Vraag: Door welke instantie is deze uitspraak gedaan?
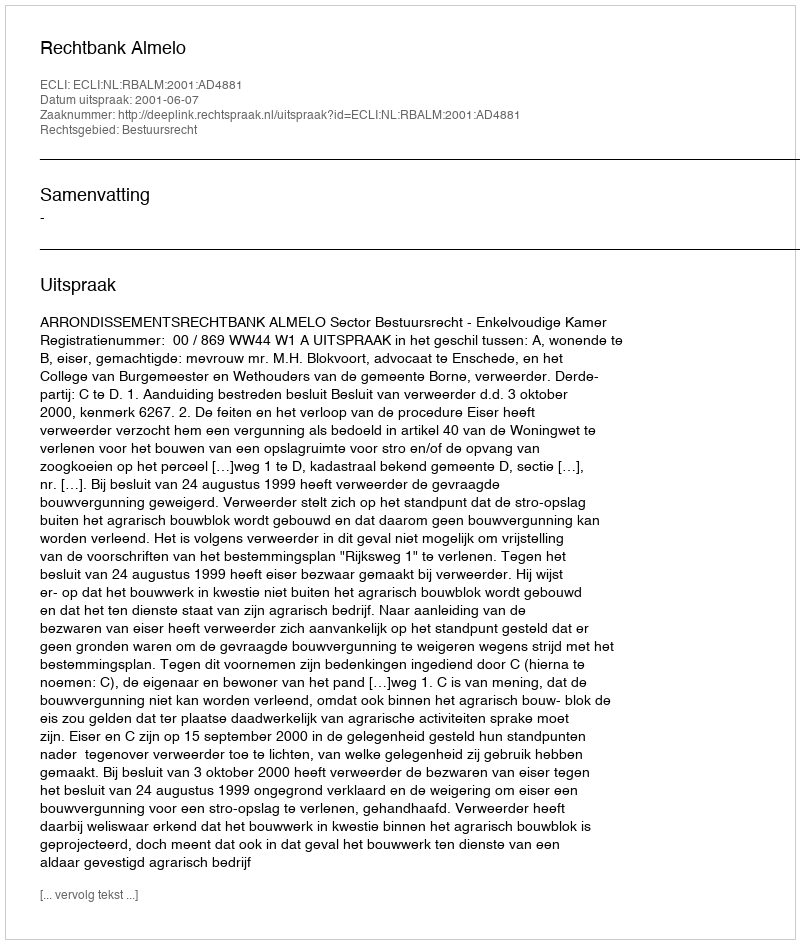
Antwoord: Rechtbank Almelo